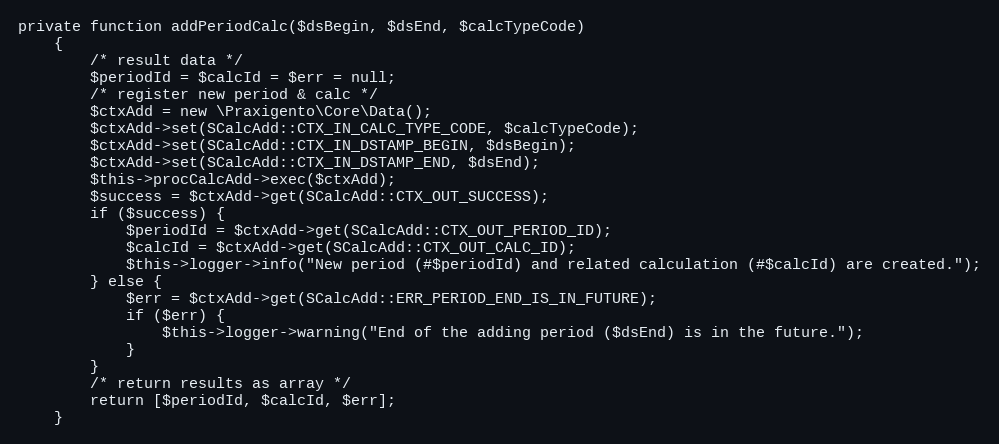
Language: PHP
private function addPeriodCalc($dsBegin, $dsEnd, $calcTypeCode)
    {
        /* result data */
        $periodId = $calcId = $err = null;
        /* register new period & calc */
        $ctxAdd = new \Praxigento\Core\Data();
        $ctxAdd->set(SCalcAdd::CTX_IN_CALC_TYPE_CODE, $calcTypeCode);
        $ctxAdd->set(SCalcAdd::CTX_IN_DSTAMP_BEGIN, $dsBegin);
        $ctxAdd->set(SCalcAdd::CTX_IN_DSTAMP_END, $dsEnd);
        $this->procCalcAdd->exec($ctxAdd);
        $success = $ctxAdd->get(SCalcAdd::CTX_OUT_SUCCESS);
        if ($success) {
            $periodId = $ctxAdd->get(SCalcAdd::CTX_OUT_PERIOD_ID);
            $calcId = $ctxAdd->get(SCalcAdd::CTX_OUT_CALC_ID);
            $this->logger->info("New period (#$periodId) and related calculation (#$calcId) are created.");
        } else {
            $err = $ctxAdd->get(SCalcAdd::ERR_PERIOD_END_IS_IN_FUTURE);
            if ($err) {
                $this->logger->warning("End of the adding period ($dsEnd) is in the future.");
            }
        }
        /* return results as array */
        return [$periodId, $calcId, $err];
    }